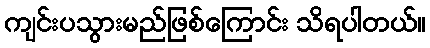
ကျင်းပသွားမည်ဖြစ်ကြောင်း သိရပါတယ်။